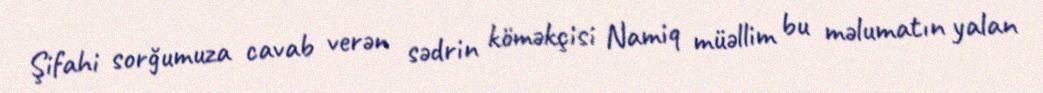
Şifahi sorğumuza cavab verən sədrin köməkçisi Namiq müəllim bu məlumatın yalan